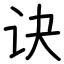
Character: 诀